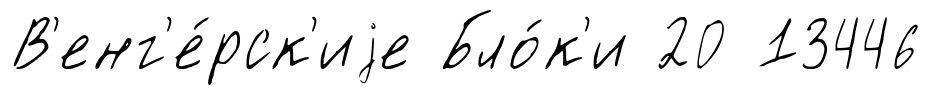
В'енг'е́рск'иjе Бло́к'и 20 13446